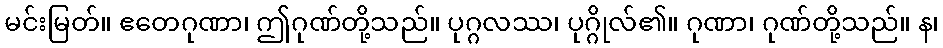
မင်းမြတ်။ ဧတေဂုဏာ၊ ဤဂုဏ်တို့သည်။ ပုဂ္ဂလဿ၊ ပုဂ္ဂိုလ်၏။ ဂုဏာ၊ ဂုဏ်တို့သည်။ န၊